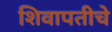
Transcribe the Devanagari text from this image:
शिवापतीचे